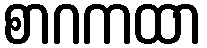
စာဂကထာ